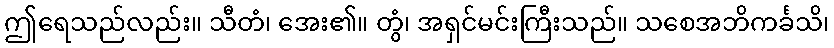
ဤရေသည်လည်း။ သီတံ၊ အေး၏။ တွံ၊ အရှင်မင်းကြီးသည်။ သစေအဘိကင်္ခသိ၊